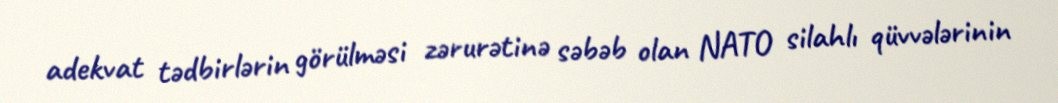
adekvat tədbirlərin görülməsi zərurətinə səbəb olan NATO silahlı qüvvələrinin